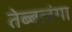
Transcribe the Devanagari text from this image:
तेब्बलंगा